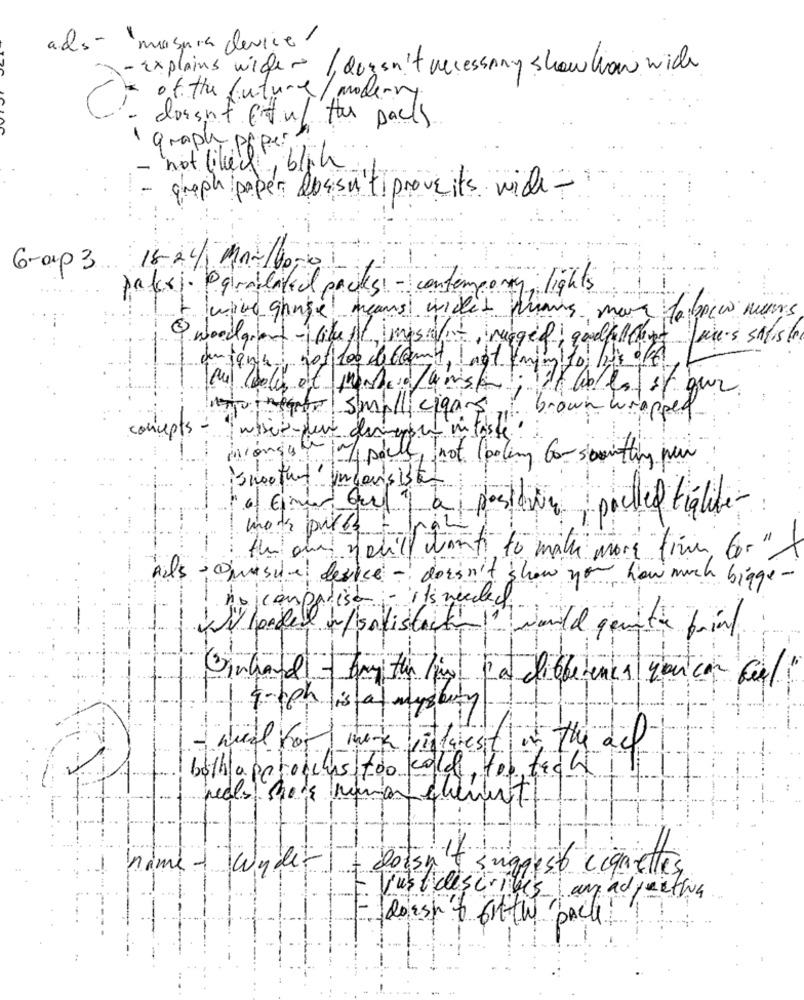
ads- measure device/
- Explains wider / dorsn't necessary show kan wide
of the future/ moderny
- doesn't Etul tas pack.
graph paper
- not likeil, blok
-
- graph paper abssutiproveits wide-
Group 3 18-24 Mm-140
....
papri. Paralatiel packs! - contempory lights
twice ghouse means widet premis mais fobiew mums
Q woodgiant -like it mpsievit rugged ; goodfullehet wines salis to
anjene nos 100 de coumit, not Iming to, is off
al colis et monde dansk ;
tonight small cigars
brown wrapped
concepts
inter-deut demorgen in taste!
pouls not looking for scathing nu
smoother inconsist
Posteriore polled figlite-
more purest
you'll want to make more time for "
Ails " Omsue device - doesn't show you how much bigger
compatisa
is needed
Willpaged w/sofistricken !" would gente print.
Gingand
Inthis pin La différence youcan feel
1
G-rph is a mystery
- weil for mara villarest in the act
both approicus too cold for tack
nime - Wyder
+ doisn't suggest ciquettes
rustidescribes anadjective
lorsh & frith pack